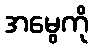
အမွေကို